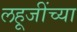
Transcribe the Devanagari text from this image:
लहूजींच्या